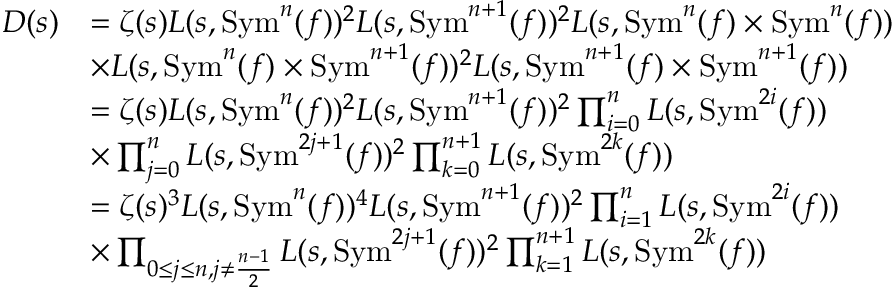
\begin{array} { r l } { D ( s ) } & { = \zeta ( s ) L ( s , \mathrm { S y m } ^ { n } ( f ) ) ^ { 2 } L ( s , \mathrm { S y m } ^ { n + 1 } ( f ) ) ^ { 2 } L ( s , \mathrm { S y m } ^ { n } ( f ) \times \mathrm { S y m } ^ { n } ( f ) ) } \\ & { \times L ( s , \mathrm { S y m } ^ { n } ( f ) \times \mathrm { S y m } ^ { n + 1 } ( f ) ) ^ { 2 } L ( s , \mathrm { S y m } ^ { n + 1 } ( f ) \times \mathrm { S y m } ^ { n + 1 } ( f ) ) } \\ & { = \zeta ( s ) L ( s , \mathrm { S y m } ^ { n } ( f ) ) ^ { 2 } L ( s , \mathrm { S y m } ^ { n + 1 } ( f ) ) ^ { 2 } \prod _ { i = 0 } ^ { n } L ( s , \mathrm { S y m } ^ { 2 i } ( f ) ) } \\ & { \times \prod _ { j = 0 } ^ { n } L ( s , \mathrm { S y m } ^ { 2 j + 1 } ( f ) ) ^ { 2 } \prod _ { k = 0 } ^ { n + 1 } L ( s , \mathrm { S y m } ^ { 2 k } ( f ) ) } \\ & { = \zeta ( s ) ^ { 3 } L ( s , \mathrm { S y m } ^ { n } ( f ) ) ^ { 4 } L ( s , \mathrm { S y m } ^ { n + 1 } ( f ) ) ^ { 2 } \prod _ { i = 1 } ^ { n } L ( s , \mathrm { S y m } ^ { 2 i } ( f ) ) } \\ & { \times \prod _ { 0 \leq j \leq n , j \neq \frac { n - 1 } { 2 } } L ( s , \mathrm { S y m } ^ { 2 j + 1 } ( f ) ) ^ { 2 } \prod _ { k = 1 } ^ { n + 1 } L ( s , \mathrm { S y m } ^ { 2 k } ( f ) ) } \end{array}